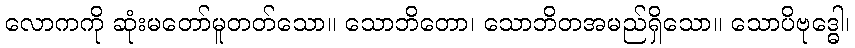
လောကကို ဆုံးမတော်မူတတ်သော။ သောဘိတော၊ သောဘိတအမည်ရှိသော။ သောပိဗုဒ္ဓေါ၊